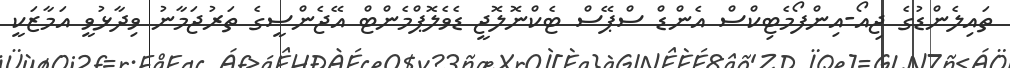
ތައިލެންޑުގެ ޖިއޯ-އިންފޯމެޓިކްސް އެންޑް ސްޕޭސް ޓެކްނޮލޮޖީ ޑެވެލޮޕްމެންޓް އޭޖެންސީގެ ތަރުޖަމާނު ވިދާޅުވީ އަމާޒަކީ